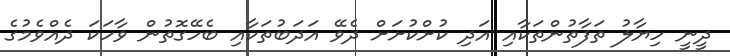
ދީނީ ހިޔާލު ތަފާތުންތަކާއި އަދި ކުށްކުށަށް ދެވޭ އަދަބުތަކާއި ބެހޭގޮތުން ވާހަކަ ދެއްވެމުގެ